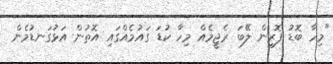
"މިހާ ބޮޑު ފޮރިން ލޭބަ ރެޖީމެއް މިހާ ކުޑަ ގައުމެއްގައި އޮތުން އަޅުގަނޑުމެން